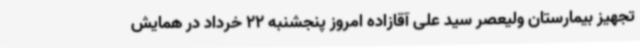
تجهیز بیمارستان ولیعصر سید علی آقازاده امروز پنجشنبه 22 خرداد در همایش